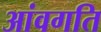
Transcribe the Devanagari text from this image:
आंवगति